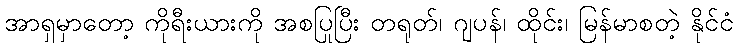
အာရှမှာတော့ ကိုရီးယားကို အစပြုပြီး တရုတ်၊ ဂျပန်၊ ထိုင်း၊ မြန်မာစတဲ့ နိုင်ငံ